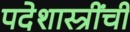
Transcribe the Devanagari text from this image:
पदेशास्त्रींची